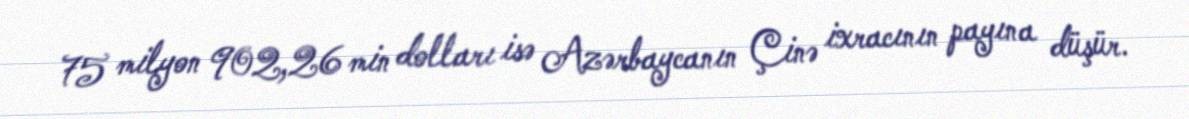
75 milyon 902,26 min dolları isə Azərbaycanın Çinə ixracının payına düşür.